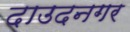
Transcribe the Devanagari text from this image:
दाउदनगर